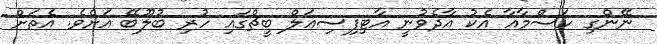
ނޭންގި ހަސްމާއާ އެކު އާދެވުނީ އާޓިފިސިއަލް ބީޗްގައި ހުރި ބުލޫބޭ އަށެވެ. އެތަށް